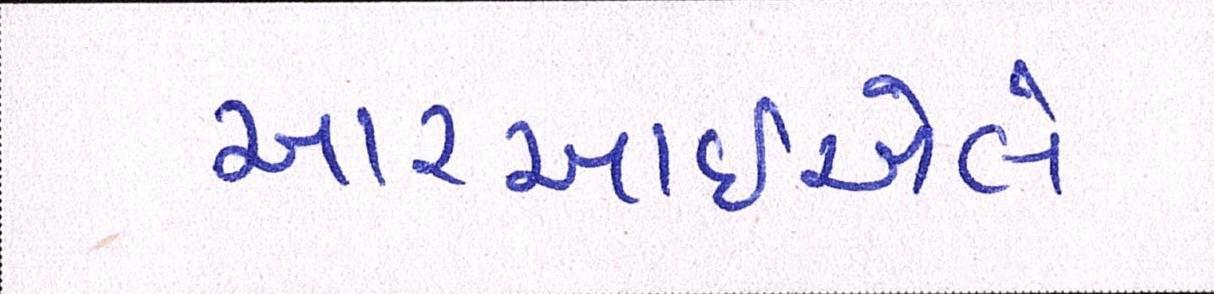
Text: આરઆઇએલે